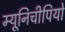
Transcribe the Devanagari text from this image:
म्यूनिचीपियो